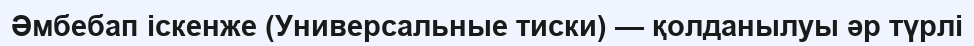
Әмбебап іскенже (Универсальные тиски) — қолданылуы әр түрлі